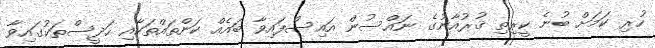
ހުރި ކަމަށް ބުނެ ކީރިތި ޤުރުއާނުގެ ނައްސުން އައިސްފައިވާ ބައެެއް ކަންތައްތަކާއި ހަދީސްތަކުގައިވާ